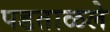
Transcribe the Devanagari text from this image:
पडताळले